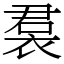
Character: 裠